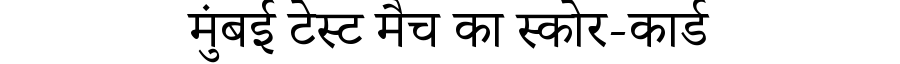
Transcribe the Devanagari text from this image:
मुंबई टेस्ट मैच का स्कोर-कार्ड